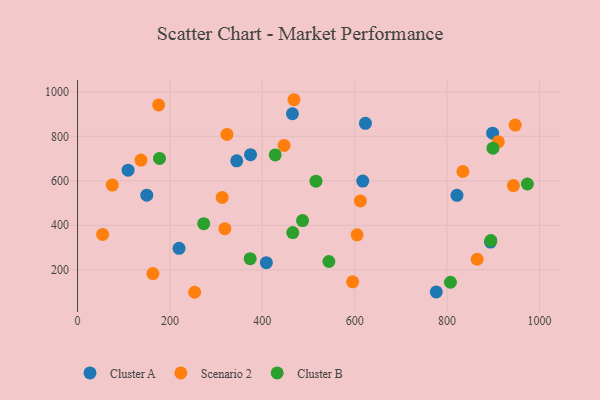
{"axis": {"x": "Ad Spend", "y": "Sales"}, "legend": ["Cluster A", "Cluster B", "Scenario 2"], "data": [{"x": "821.4", "y": 534.9, "type": "Cluster A"}, {"x": "617.4", "y": 599.0, "type": "Cluster A"}, {"x": "374.5", "y": 717.4, "type": "Cluster A"}, {"x": "149.9", "y": 535.6, "type": "Cluster A"}, {"x": "408.7", "y": 231.7, "type": "Cluster A"}, {"x": "219.7", "y": 296.4, "type": "Cluster A"}, {"x": "623.2", "y": 858.6, "type": "Cluster A"}, {"x": "776.6", "y": 100.5, "type": "Cluster A"}, {"x": "465.2", "y": 901.5, "type": "Cluster A"}, {"x": "344.6", "y": 689.9, "type": "Cluster A"}, {"x": "893.9", "y": 324.7, "type": "Cluster A"}, {"x": "898.6", "y": 814.3, "type": "Cluster A"}, {"x": "109.4", "y": 648.0, "type": "Cluster A"}, {"x": "865.1", "y": 247.2, "type": "Scenario 2"}, {"x": "834.2", "y": 641.8, "type": "Scenario 2"}, {"x": "605.2", "y": 357.1, "type": "Scenario 2"}, {"x": "447.2", "y": 759.0, "type": "Scenario 2"}, {"x": "163.1", "y": 182.9, "type": "Scenario 2"}, {"x": "947.4", "y": 850.5, "type": "Scenario 2"}, {"x": "253.5", "y": 98.8, "type": "Scenario 2"}, {"x": "75.2", "y": 580.6, "type": "Scenario 2"}, {"x": "137.4", "y": 693.2, "type": "Scenario 2"}, {"x": "943.5", "y": 578.8, "type": "Scenario 2"}, {"x": "175.5", "y": 941.0, "type": "Scenario 2"}, {"x": "318.9", "y": 385.0, "type": "Scenario 2"}, {"x": "323.4", "y": 808.6, "type": "Scenario 2"}, {"x": "468.5", "y": 964.6, "type": "Scenario 2"}, {"x": "313.1", "y": 525.3, "type": "Scenario 2"}, {"x": "612.3", "y": 509.4, "type": "Scenario 2"}, {"x": "54.3", "y": 358.9, "type": "Scenario 2"}, {"x": "910.8", "y": 775.6, "type": "Scenario 2"}, {"x": "595.5", "y": 145.7, "type": "Scenario 2"}, {"x": "899.3", "y": 746.9, "type": "Cluster B"}, {"x": "487.1", "y": 421.3, "type": "Cluster B"}, {"x": "894.7", "y": 331.1, "type": "Cluster B"}, {"x": "516.1", "y": 598.3, "type": "Cluster B"}, {"x": "177.4", "y": 700.7, "type": "Cluster B"}, {"x": "373.7", "y": 250.0, "type": "Cluster B"}, {"x": "427.9", "y": 716.3, "type": "Cluster B"}, {"x": "807.3", "y": 143.8, "type": "Cluster B"}, {"x": "465.9", "y": 367.4, "type": "Cluster B"}, {"x": "544.1", "y": 237.2, "type": "Cluster B"}, {"x": "973.8", "y": 585.6, "type": "Cluster B"}, {"x": "273.2", "y": 407.2, "type": "Cluster B"}]}